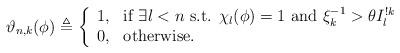
LaTeX: \begin{align*}\vartheta_{n,k}(\phi)\triangleq\left\{\begin{array}{ll}1, & \textnormal{if $\exists l< n $ s.t. $\chi_l(\phi)=1$ and $\xi_k^{-1}>\theta I_l^{!k}$}\\0, & \textnormal{otherwise.}\end{array}\right.\end{align*}